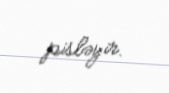
pisləyir.